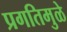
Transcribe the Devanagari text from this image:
प्रगतिमुळे